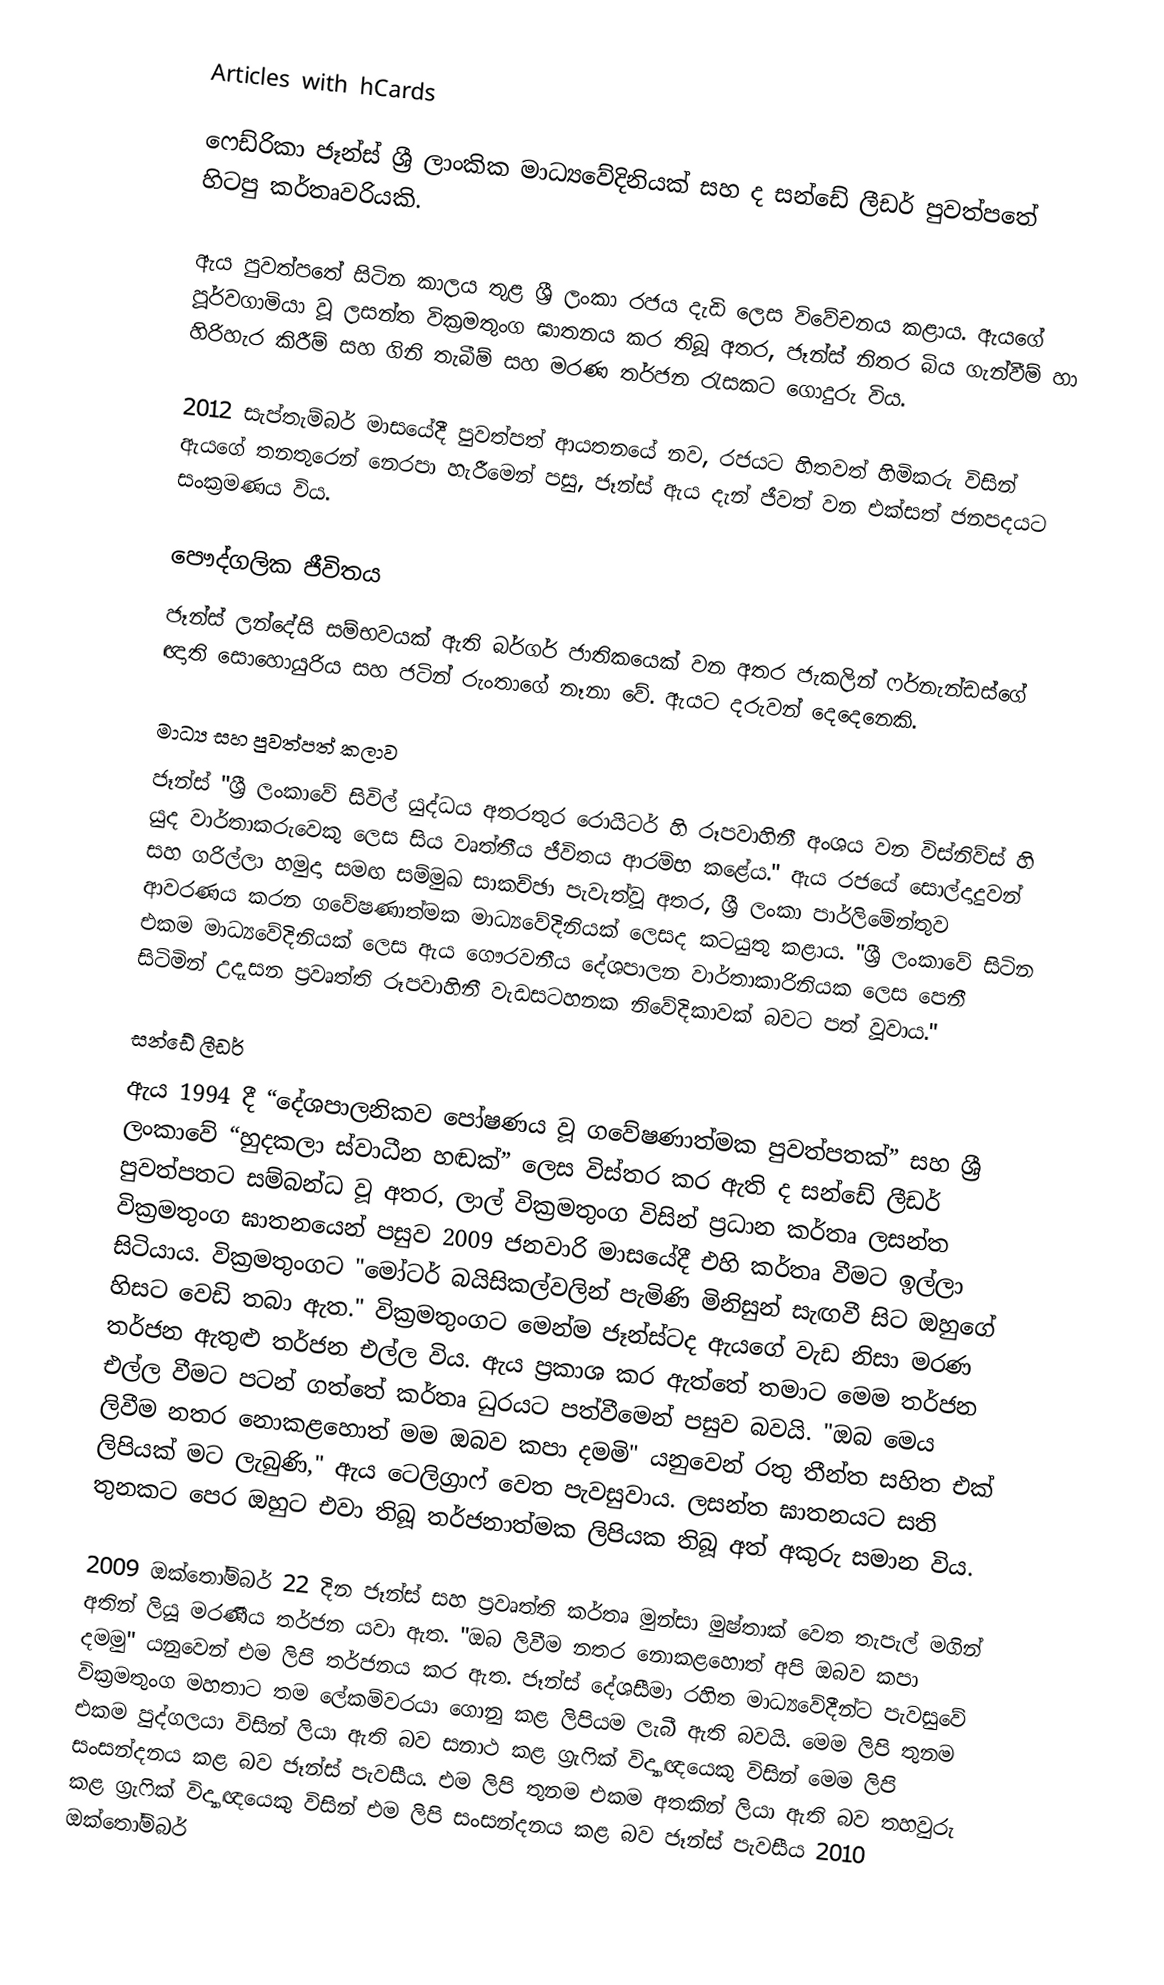
Articles with hCards

ෆෙඩ්රිකා ජෑන්ස් ශ්‍රී ලාංකික මාධ්‍යවේදිනියක් සහ ද සන්ඩේ ලීඩර් පුවත්පතේ හිටපු කර්තෘවරියකි.

ඇය පුවත්පතේ සිටින කාලය තුළ ශ්‍රී ලංකා රජය දැඩි ලෙස විවේචනය කළාය. ඇයගේ පූර්වගාමියා වූ ලසන්ත වික්‍රමතුංග ඝාතනය කර තිබූ අතර, ජෑන්ස් නිතර බිය ගැන්වීම් හා හිරිහැර කිරීම් සහ ගිනි තැබීම් සහ මරණ තර්ජන රැසකට ගොදුරු විය.

2012 සැප්තැම්බර් මාසයේදී පුවත්පත් ආයතනයේ නව, රජයට හිතවත් හිමිකරු විසින් ඇයගේ තනතුරෙන් නෙරපා හැරීමෙන් පසු, ජෑන්ස් ඇය දැන් ජීවත් වන එක්සත් ජනපදයට සංක්‍රමණය විය.

පෞද්ගලික ජීවිතය
ජෑන්ස් ලන්දේසි සම්භවයක් ඇති බර්ගර් ජාතිකයෙක් වන අතර ජැකලින් ෆර්නැන්ඩස්ගේ ඥාති සොහොයුරිය සහ ජටින් රුංතාගේ නෑනා වේ.  ඇයට දරුවන් දෙදෙනෙකි.

මාධ්‍ය සහ පුවත්පත් කලාව
ජෑන්ස් "ශ්‍රී ලංකාවේ සිවිල් යුද්ධය අතරතුර රොයිටර් හි රූපවාහිනී අංශය වන විස්නිව්ස් හි යුද වාර්තාකරුවෙකු ලෙස සිය වෘත්තීය ජීවිතය ආරම්භ කළේය." ඇය රජයේ සොල්දාදුවන් සහ ගරිල්ලා හමුදා සමඟ සම්මුඛ සාකච්ඡා පැවැත්වූ අතර, ශ්‍රී ලංකා පාර්ලිමේන්තුව ආවරණය කරන ගවේෂණාත්මක මාධ්‍යවේදිනියක් ලෙසද කටයුතු කළාය. "ශ්‍රී ලංකාවේ සිටින එකම මාධ්‍යවේදිනියක් ලෙස ඇය ගෞරවනීය දේශපාලන වාර්තාකාරිනියක ලෙස පෙනී සිටිමින් උදෑසන ප්‍රවෘත්ති රූපවාහිනී වැඩසටහනක නිවේදිකාවක් බවට පත් වූවාය."

සන්ඩේ ලීඩර්
ඇය 1994 දී “දේශපාලනිකව පෝෂණය වූ ගවේෂණාත්මක පුවත්පතක්”  සහ ශ්‍රී ලංකාවේ “හුදකලා ස්වාධීන හඬක්” ලෙස විස්තර කර ඇති ද සන්ඩේ ලීඩර් පුවත්පතට සම්බන්ධ වූ අතර,  ලාල් වික්‍රමතුංග විසින් ප්‍රධාන කර්තෘ ලසන්ත වික්‍රමතුංග ඝාතනයෙන් පසුව 2009 ජනවාරි මාසයේදී එහි කර්තෘ වීමට ඉල්ලා සිටියාය. වික්‍රමතුංගට "මෝටර් බයිසිකල්වලින් පැමිණි මිනිසුන් සැඟවී සිට ඔහුගේ හිසට වෙඩි තබා ඇත."  වික්‍රමතුංගට මෙන්ම ජෑන්ස්ටද ඇයගේ වැඩ නිසා මරණ තර්ජන ඇතුළු තර්ජන එල්ල විය.    ඇය ප්‍රකාශ කර ඇත්තේ තමාට මෙම තර්ජන එල්ල වීමට පටන් ගත්තේ කර්තෘ ධුරයට පත්වීමෙන් පසුව බවයි. "ඔබ මෙය ලිවීම නතර නොකළහොත් මම ඔබව කපා දමමි" යනුවෙන් රතු තීන්ත සහිත එක් ලිපියක් මට ලැබුණි," ඇය ටෙලිග්‍රාෆ් වෙත පැවසුවාය. ලසන්ත ඝාතනයට සති තුනකට පෙර ඔහුට එවා තිබූ තර්ජනාත්මක ලිපියක තිබූ අත් අකුරු සමාන විය.

2009 ඔක්තෝම්බර් 22 දින ජෑන්ස් සහ ප්‍රවෘත්ති කර්තෘ මුන්සා මුෂ්තාක් වෙත තැපැල් මගින් අතින් ලියූ මරණීය තර්ජන යවා ඇත.   "ඔබ ලිවීම නතර නොකළහොත් අපි ඔබව කපා දමමු" යනුවෙන් එම ලිපි තර්ජනය කර ඇත. ජෑන්ස් දේශසීමා රහිත මාධ්‍යවේදීන්ට පැවසුවේ වික්‍රමතුංග මහතාට තම ලේකම්වරයා ගොනු කළ ලිපියම ලැබී ඇති බවයි. මෙම ලිපි තුනම එකම පුද්ගලයා විසින් ලියා ඇති බව සනාථ කළ ග්‍රැෆික් විද්‍යාඥයෙකු විසින් මෙම ලිපි සංසන්දනය කළ බව ජෑන්ස් පැවසීය. එම ලිපි තුනම එකම අතකින් ලියා ඇති බව  තහවුරු කළ ග්‍රැෆික් විද්‍යාඥයෙකු විසින් එම ලිපි සංසන්දනය කළ බව ජෑන්ස් පැවසීය  2010 ඔක්තෝම්බර්